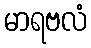
မာရဗလံ